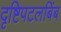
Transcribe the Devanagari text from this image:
दृष्टिपटलबिंब